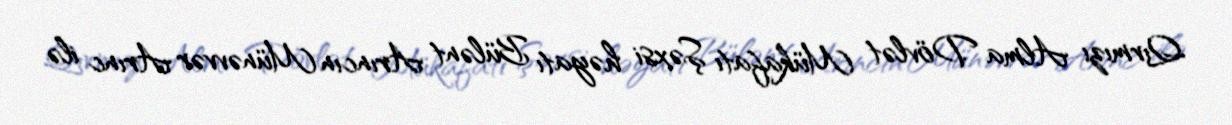
Qırmızı Alma Dövlət Mükafatı Şəxsi həyatı Bülənt Arıncın Münəvvər Arınc ilə